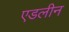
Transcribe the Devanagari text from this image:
एडलीन